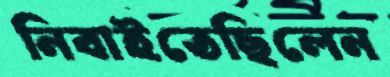
নিবাইতেছিলেন